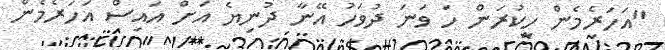
"އަހަރެމެން ހީކުރަން ހަ ވަނަ ދުވަހު އޭނާ ދުނިޔެ އަށް އައިސް އަހަރެމެން